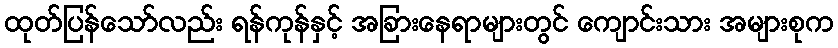
ထုတ်ပြန်သော်လည်း ရန်ကုန်နှင့် အခြားနေရာများတွင် ကျောင်းသား အများစုက